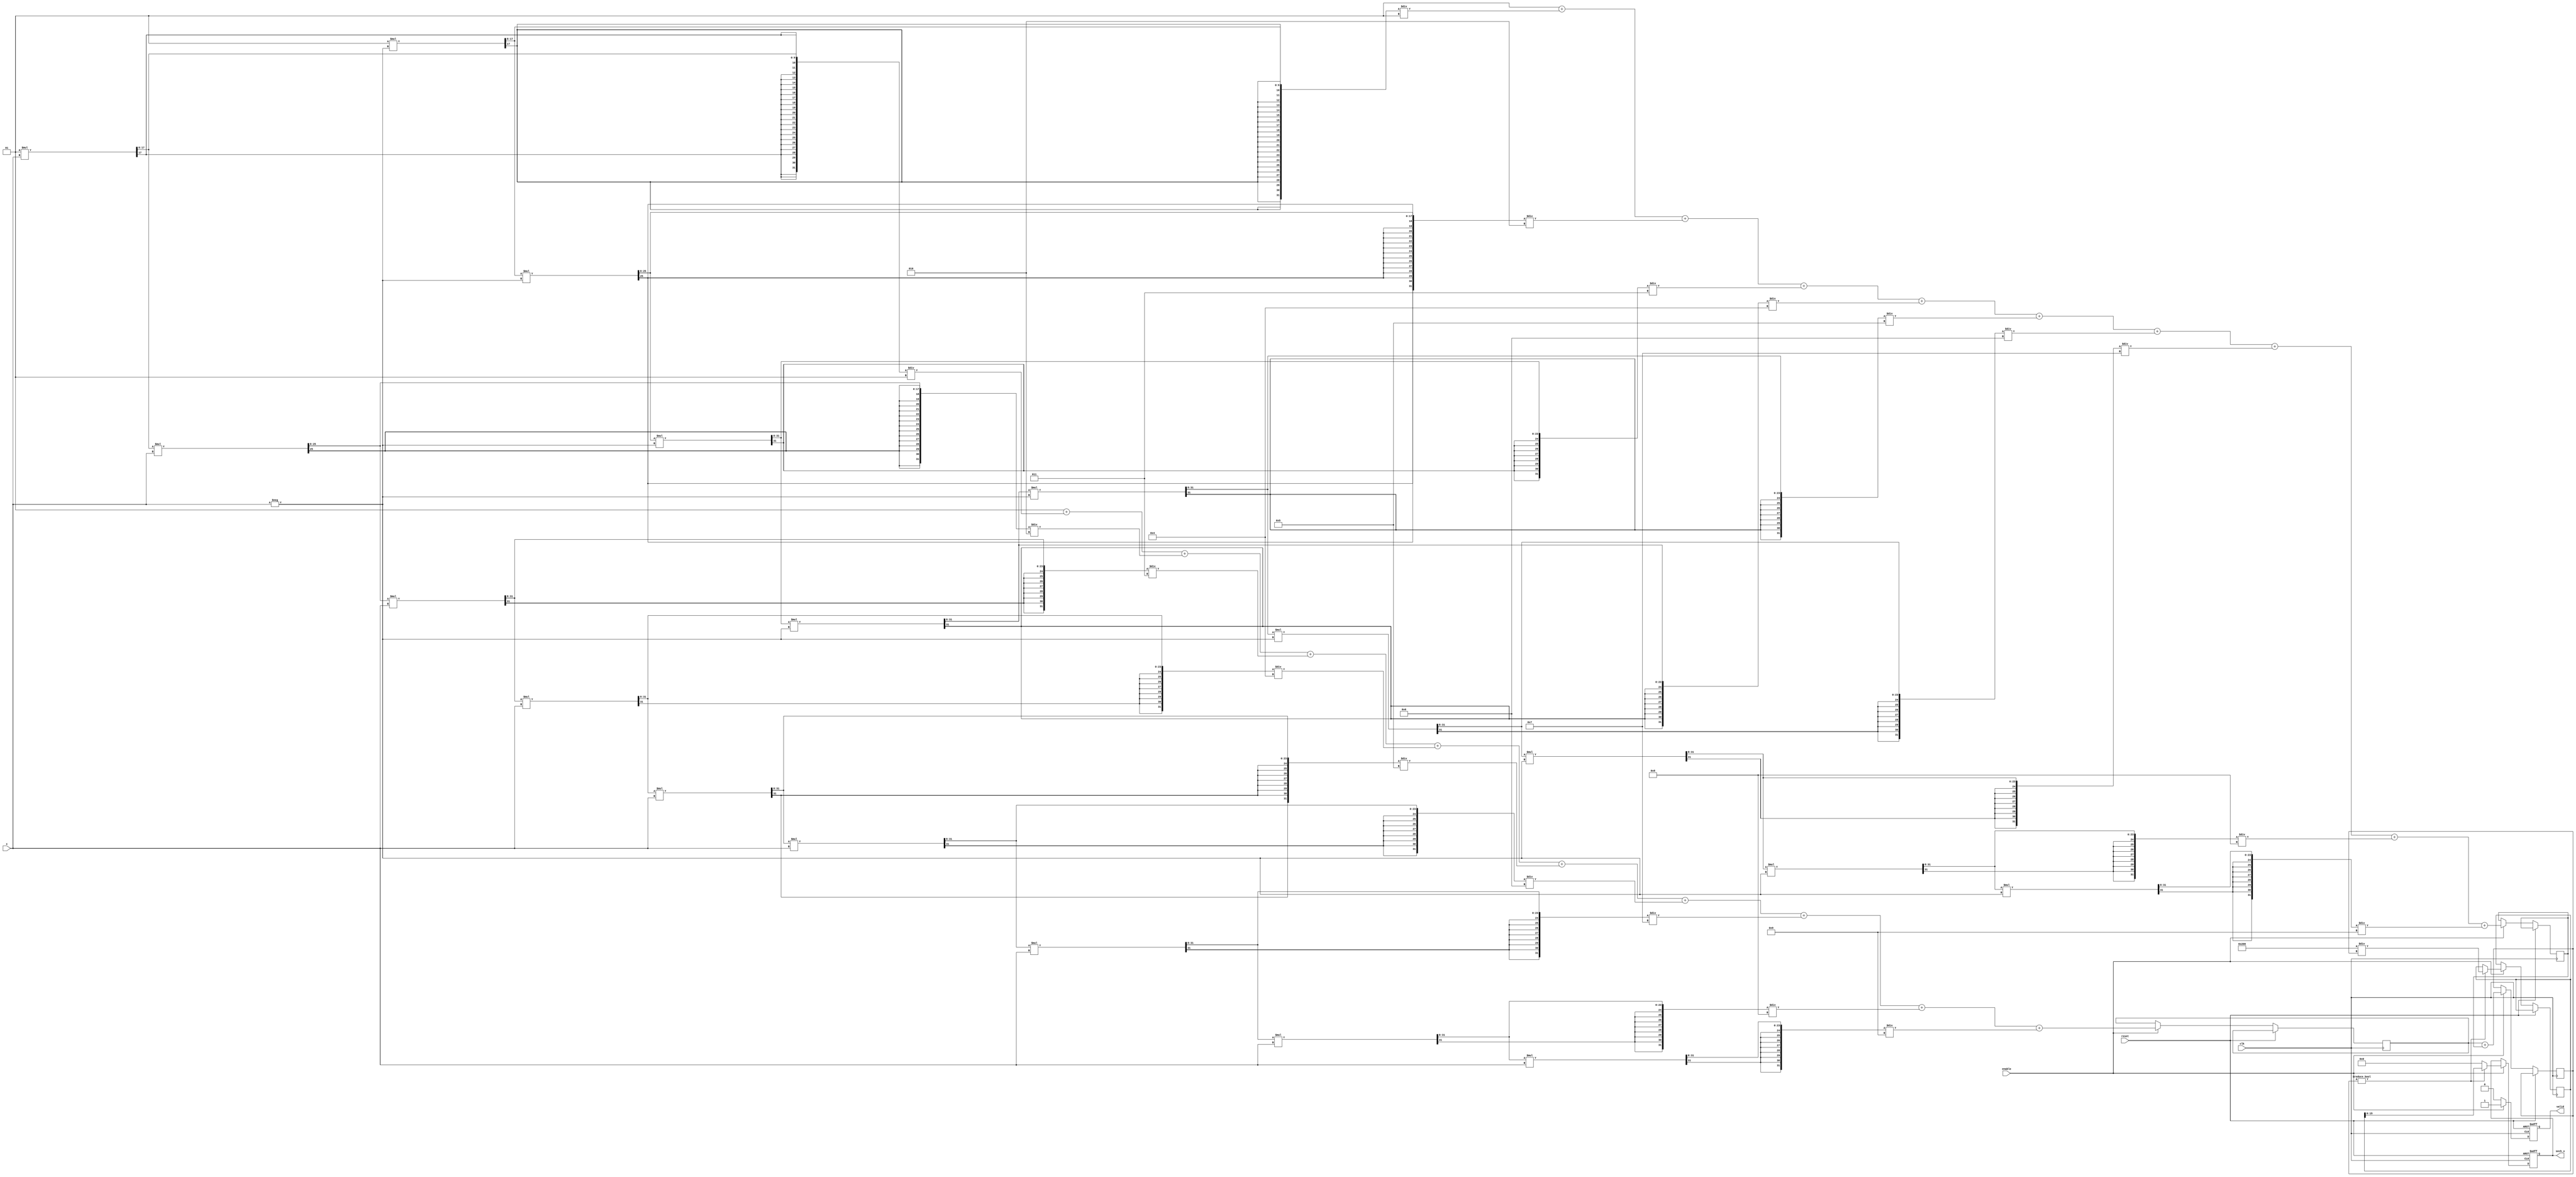
module hyperbolic_secant (
    input wire clk,
    input wire reset,
    input wire enable,
    input wire signed [15:0] x, // Fixed-point input (1 sign bit, 7 integer bits, 8 fractional bits)
    output reg signed [15:0] sech_x, // Fixed-point output
    output reg valid // Output valid signal
);

    reg signed [31:0] exp_x; // Intermediate storage for e^x
    reg signed [31:0] exp_neg_x; // Intermediate storage for e^-x
    reg signed [31:0] sum_exp; // e^x + e^-x
    reg signed [31:0] reciprocal; // 2 / (e^x + e^-x)

    // Simple exponential approximation using Taylor series
    function signed [31:0] exp_approx(input signed [15:0] val);
        reg signed [31:0] result;
        reg signed [31:0] term;
        integer i;
        begin
            result = 32'h00000001; // e^0 = 1
            term = 32'h00000001; // First term (x^0 / 0!)
            for (i = 1; i < 10; i = i + 1) begin
                term = (term * val) >>> 8; // Multiply by x and scale down
                result = result + term / i; // Add term / i
            end
            exp_approx = result;
        end
    endfunction

    always @(posedge clk or posedge reset) begin
        if (reset) begin
            sech_x <= 0;
            valid <= 0;
        end else if (enable) begin
            // Calculate e^x and e^-x
            exp_x <= exp_approx(x);
            exp_neg_x <= exp_approx(-x);
            
            // Calculate e^x + e^-x
            sum_exp <= exp_x + exp_neg_x;

            // Calculate sech(x) = 2 / (e^x + e^-x)
            if (sum_exp != 0) begin
                reciprocal <= (2 << 8) / sum_exp; // Scale 2 to fixed-point
                sech_x <= reciprocal;
            end else begin
                sech_x <= 0; // Handle division by zero case
            end
            
            valid <= 1; // Output is valid
        end else begin
            valid <= 0; // Output is not valid
        end
    end

endmodule